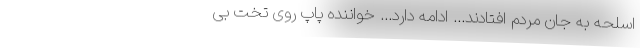
اسلحه به جان مردم افتادند... ادامه دارد... خواننده پاپ روی تخت بی